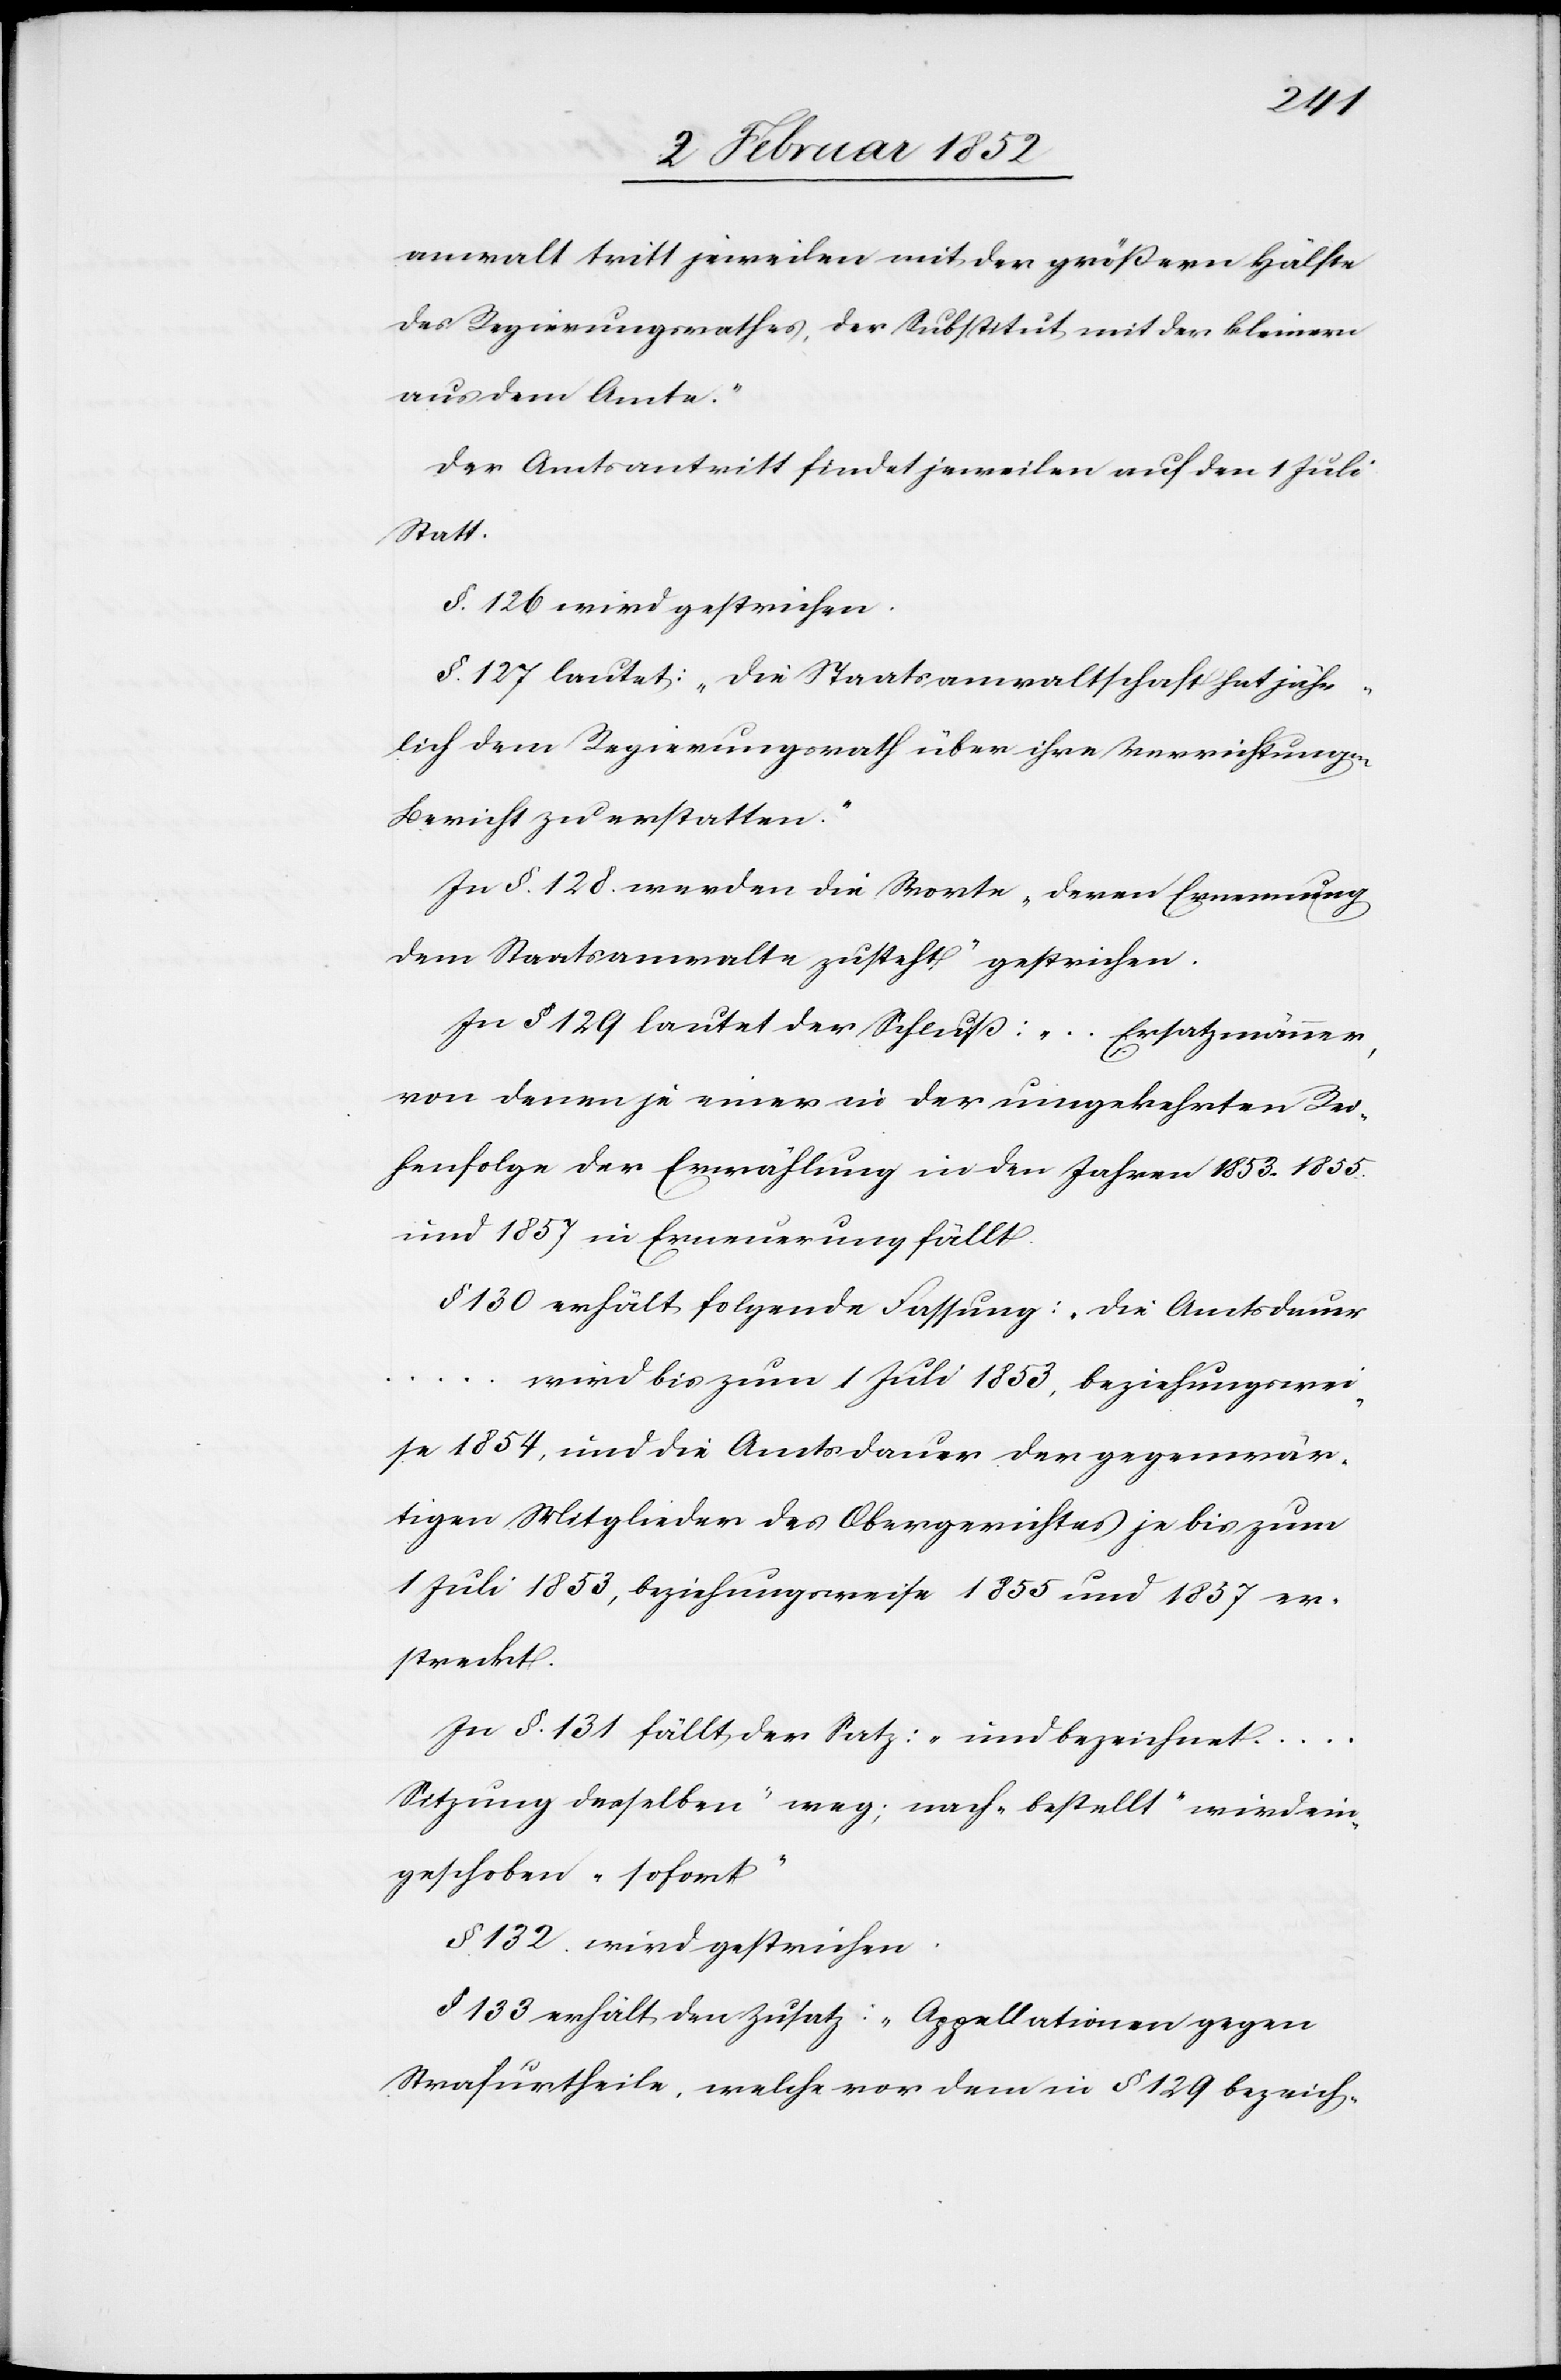
anwalt tritt jeweilen mit der größern Hälfte
des Regierungsrathes, der Substitut mit der kleinern
aus dem Amte.“
Der Amtsantritt findet jeweilen auf den 1 Juli
statt.
§. 126 wird gestrichen.
§. 127 lautet: „Die Staatsanwaltschaft hat jähr¬
lich dem Regierungsrath über ihre Verrichtungen
Bericht zu erstatten.“
In §. 128 werden die Worte „deren Ernennung
dem Staatsanwalte zusteht“ gestrichen.
In § 129 lautet der Schluß: „... Ersatzmänner,
von denen je einer in der umgekehrten Rei¬
henfolge der Erwählung in den Jahren 1853. 1855.
und 1857 in Erneuerung fällt.
§ 130 erhält folgende Fassung: „Die Amtsdauer
... wird bis zum 1 Juli 1853, beziehungswei¬
se 1854, und die Amtsdauer der gegenwär¬
tigen Mitglieder des Obergerichtes je bis zum
1 Juli 1853, beziehungsweise 1855 und 1857 er¬
streckt.
In §. 131 fällt der Satz: „und bezeichnet
Sitzung desselben“ weg; nach „bestellt“ wird ein¬
geschoben „sofort“
§ 132 wird gestrichen.
§ 133 erhält den Zusatz: „Appellationen gegen
Strafurtheile, welche vor dem in § 129 bezeich-